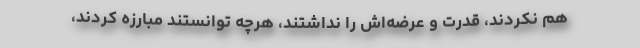
هم نکردند، قدرت و عرضه‌اش را نداشتند، هرچه توانستند مبارزه کردند،